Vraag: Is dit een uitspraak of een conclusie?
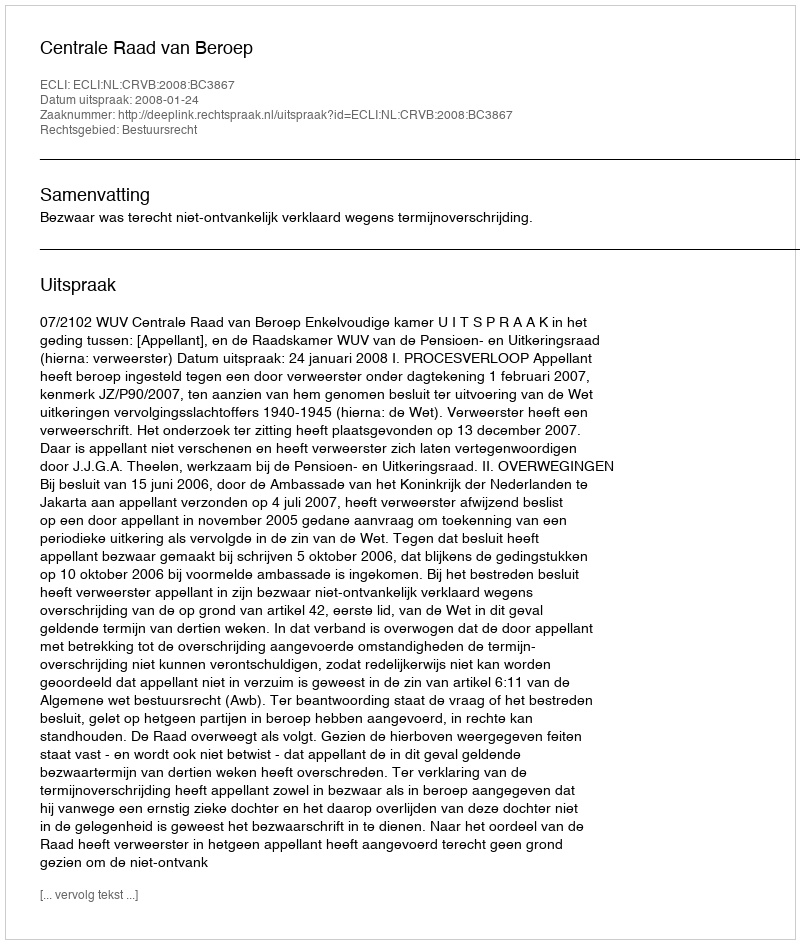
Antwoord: Uitspraak